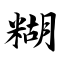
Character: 糊